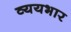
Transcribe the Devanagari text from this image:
व्ययभार